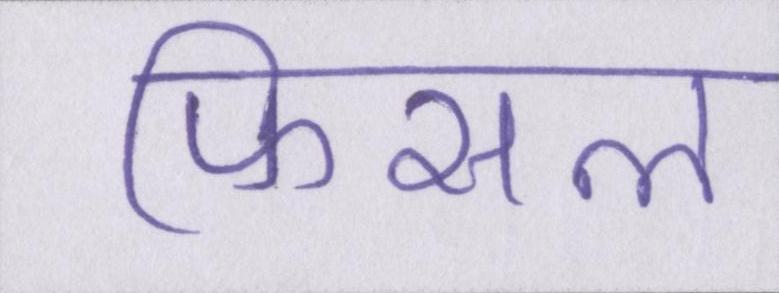
फिसल